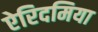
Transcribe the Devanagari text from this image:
ऐरिदमिया